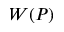
W ( P )